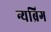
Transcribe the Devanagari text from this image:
न्यब्रिग